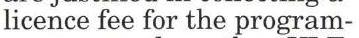
licence fee for the program-